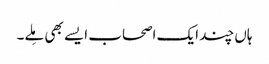
ہاں چند ایک اصحاب ایسے بھی مِلے۔